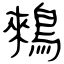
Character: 鶆